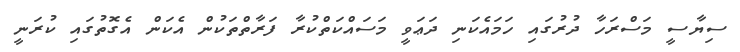
ސިޔާސީ މަސްރަހާ ދުރުގައި ހަމައެކަނި ދަޢަވީ މަސައްކަތްކުރާ ފަރާތްތަކުން އެކަން އެގޮތުގައި ކުރަނީ